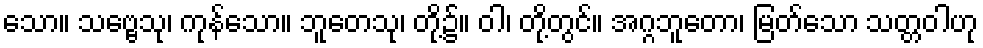
သော။ သဗ္ဗေသု၊ ကုန်သော။ ဘူတေသု၊ တို့၌။ ဝါ၊ တို့တွင်။ အဂ္ဂဘူတော၊ မြတ်သော သတ္တဝါဟု